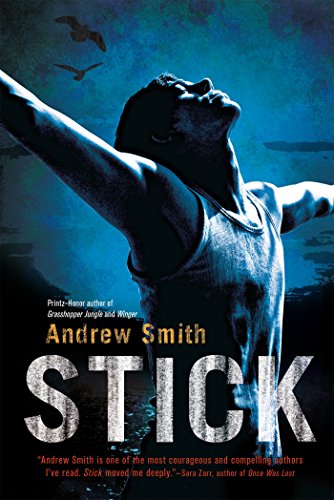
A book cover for Stick; Andrew Smith; Teen & Young Adult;